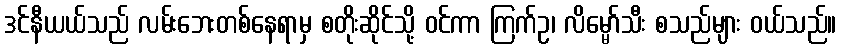
ဒင်နီယယ်သည် လမ်းဘေးတစ်နေရာမှ စတိုးဆိုင်သို့ ဝင်ကာ ကြက်ဥ၊ လိမ္မော်သီး စသည်များ ဝယ်သည်။